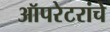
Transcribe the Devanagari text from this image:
ऑपरेटरांचे